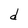
Character: d